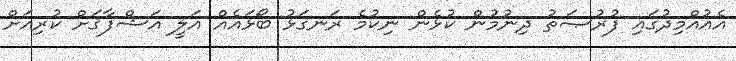
އެއުއްމިދުގައި ފުރުޞަތު ދިނުމުން ކުޅެން ނިކުމެ ރަނގަޅު ބޯޅައެއް އަލީ އަޝްފާޤަށް ކުރިއަށް